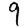
Digit: 9